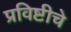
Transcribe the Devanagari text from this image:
प्रविष्टीचे